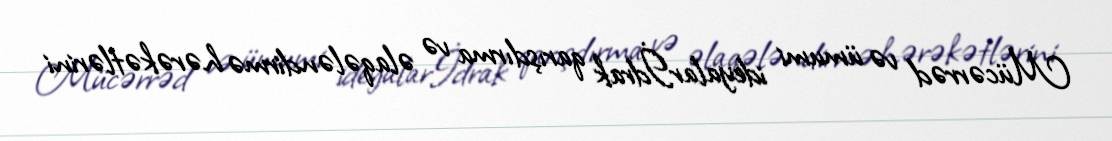
Mücərrəd və ümumi ideyalarİdrak qarışdırma və əlaqələndirmə hərəkətlərini